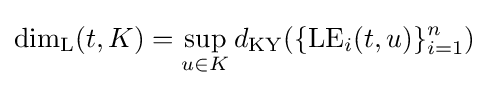
\dim _{\rm {L}}(t,K)=\sup \limits _{u\in K}d_{\rm {KY}}(\{{\rm {LE}}_{i}(t,u)\}_{i=1}^{n})